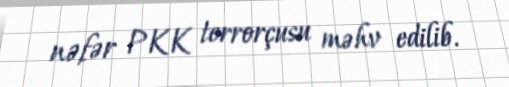
nəfər PKK terrorçusu məhv edilib.